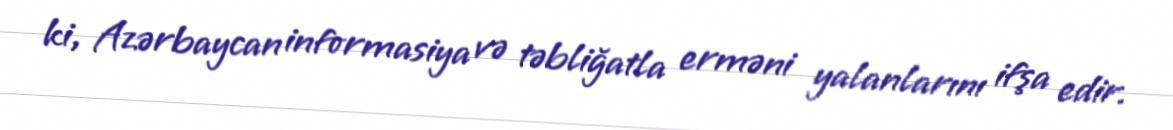
ki, Azərbaycan informasiya və təbliğatla erməni yalanlarını ifşa edir.